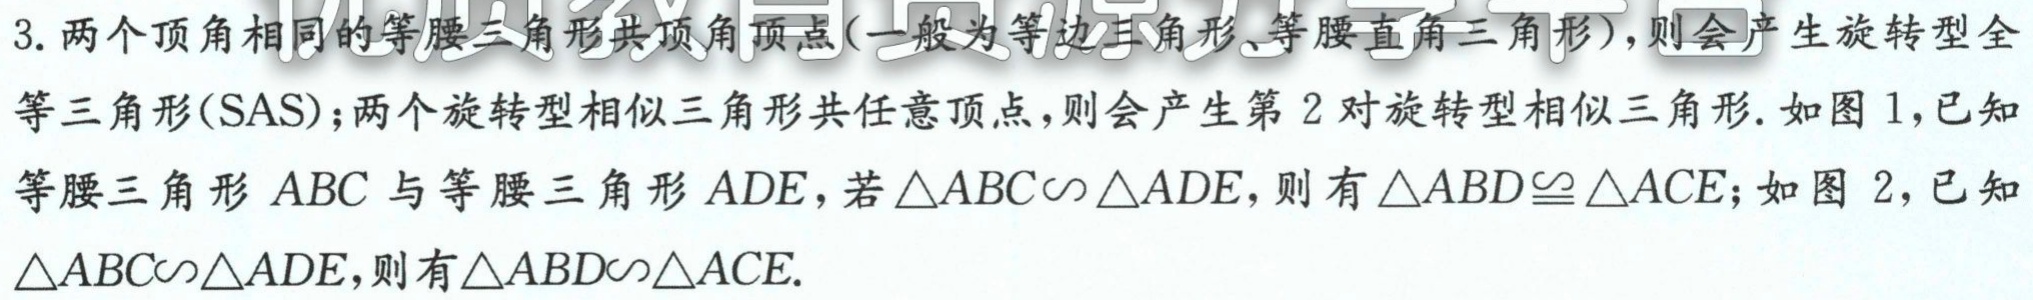
3. 两个顶角相同的等腰三角形共顶角顶点(一般为等边三角形、等腰直角三角形)，则会产生旋转型全
等三角形(SAS); 两个旋转型相似三角形共任意顶点，则会产生第 2 对旋转型相似三角形. 如图 1, 已知
等腰三角形 \(ABC\) 与等腰三角形 \(ADE\)，若 \(\triangle ABC\sim\triangle ADE\)，则有 \(\triangle ABD\cong\triangle ACE\); 如图 2, 已知
\(\triangle ABC\sim\triangle ADE\)，则有 \(\triangle ABD\sim\triangle ACE\).